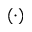
( \cdot )